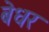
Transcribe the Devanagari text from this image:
बेधर